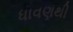
ધાવણથી